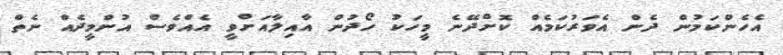
އެހެންކަމުން ދެން އެވަރުކަމެއް ކޮށްދޭނެ މީހަކު ހޯދުން އާއިލާއަށްވީ އެއްވެސް އުންމީދެއް ނެތް